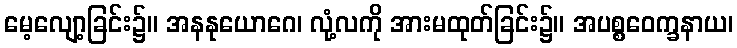
မေ့လျော့ခြင်း၌။ အနနုယောဂေ၊ လုံ့လကို အားမထုတ်ခြင်း၌။ အပစ္စဝေက္ခနာယ၊